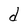
Character: d